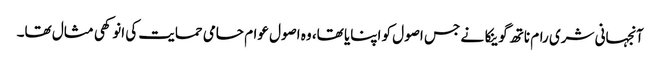
آنجہانی شری رام ناتھ گوینکا نے جس اصول کو اپنایا تھا، وہ اصول عوام حامی حمایت کی انوکھی مثال تھا۔